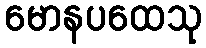
မောနပထေသု